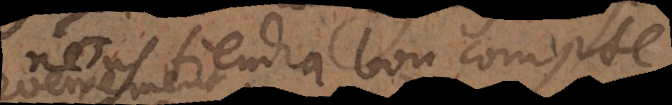
nous tiendra bon compte,